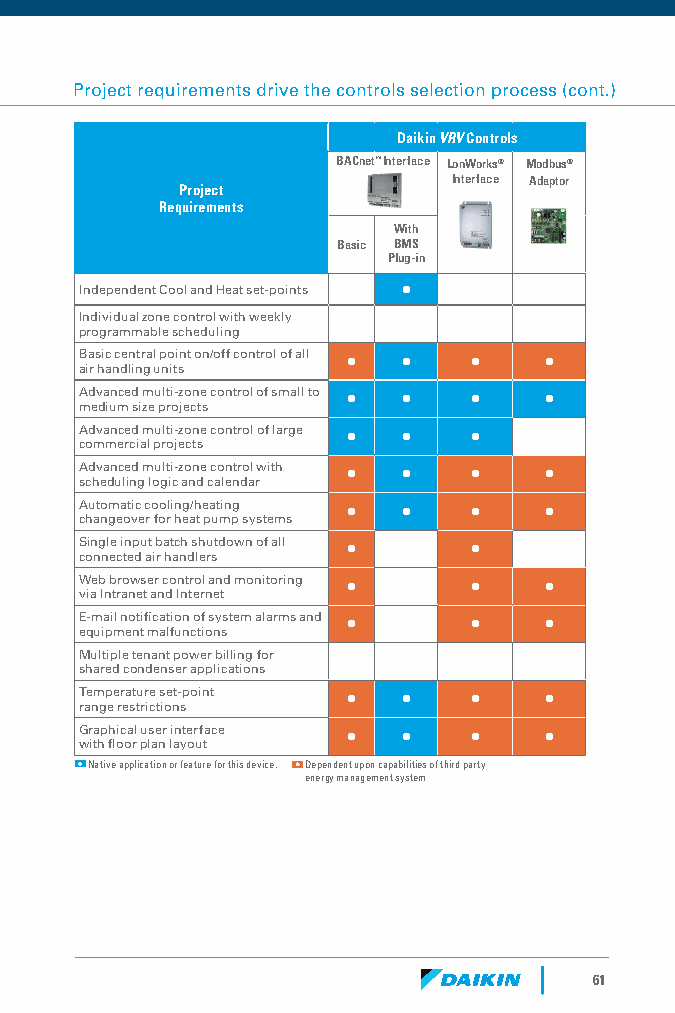
Project requirements drive the controls selection process (cont.)
 Daikin VRV Controls
 BACnet™ Interface LonWorks® Modbus®
 Interface Adaptor
 Project
 Requirements
 With
 Basic BMS
 Plug-in
 Independent Cool and Heat set-points • • •
 Individual zone control with weekly • •
 programmable scheduling
 Basic central point on/off control of all • • • •
 air handling units
 Advanced multi-zone control of small to • • • •
 medium size projects
 Advanced multi-zone control of large • • • •
 commercial projects
 Advanced multi-zone control with • • • •
 scheduling logic and calendar
 Automatic cooling/heating • • • •
 changeover for heat pump systems
 Single input batch shutdown of all • • •
 connected air handlers
 Web browser control and monitoring • • •
 via Intranet and Internet
 E-mail notification of system alarms and • • •
 equipment malfunctions
 Multiple tenant power billing for • •
 shared condenser applications
 Temperature set-point • • •    •
 range restrictions
 Graphical user interface • • • •
 with floor plan layout
 Native application or feature for this device. Dependent upon capabilities of third party
 energy management system
 61